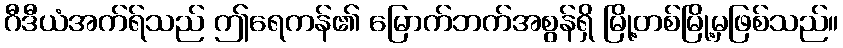
ဂီဒီယံအက်ရ်သည် ဤရေကန်၏ မြောက်ဘက်အစွန်ရှိ မြို့တစ်မြို့မှဖြစ်သည်။